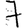
Digit: 7